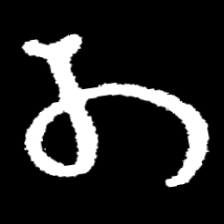
Pyu character \u2014 Myanmar letter: တ (romanized: ta)